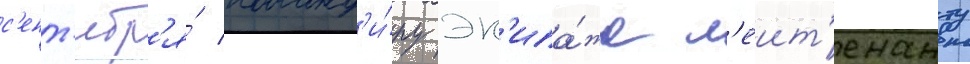
с'ент'ябр'я́ команд'и́ру эк'ипа́жа л'еит'енанту